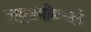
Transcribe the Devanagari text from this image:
लघुत्रयींमधले